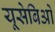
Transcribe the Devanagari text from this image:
यूसेबिओ